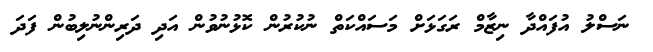
ނަސްލު އުފައްދާ ނިޒާމް ރަގަޅަށް މަސައްކަތް ނުކުރުން ކޮޅުނުވުން އަދި ދަރިންނުލިބުން ފަދަ